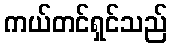
ကယ်တင်ရှင်သည်